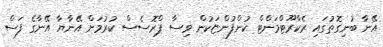
އޭނާ ބުނިގޮތުގައި ރެކްރޫޓްމަންޓް ކުންފުންޏަކުން ވިސާ ޕްރޮސެސް ކުރުމަށް އޭނާޔާ އޭނާގެ ފަސް